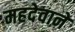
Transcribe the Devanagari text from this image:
महदेवाने